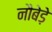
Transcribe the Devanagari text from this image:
नौबेड़े